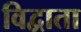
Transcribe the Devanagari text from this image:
विद्वाता